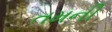
તમની